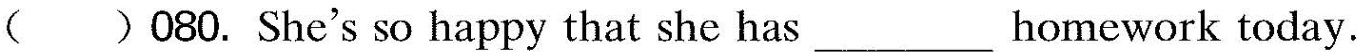
( )080. She's so happy that she has ___homework today.